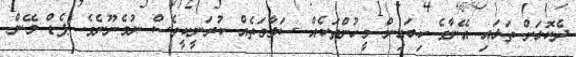
ދެކޮޅަށް ތަޅައި އޭނާގެ ކިބައިން މީހުންތަކެއް ސަލާމަތެއް ކުރަނީކީވެސް ނުމެނޫނެވެ. ޕެޑް މޭން